Veterinary [1916] -
Year: 1916
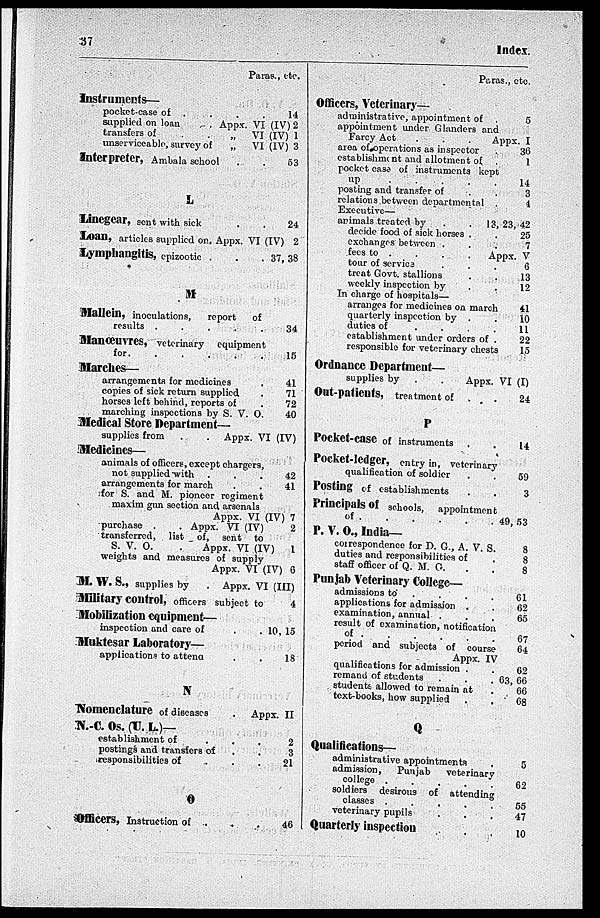
37
Index.
Paras., etc.
Instruments—
pocket-case of . . . .
supplied on loan
. Appx. VI (IV)
transfers of
.
.
„
VI (IV)
unserviceable, survey of
„
VI (IV)
Interpreter, Ambala school . .
L
Linegear, sent with sick . .
Loan, articles supplied on, Appx. VI (IV)
Lymphangitis, epizootic .
.
37
M
Mallein, inoculations,
report
of
results .
.
.
.
.
Manœuvres, veterinary equipment
for.
.
.
.
.
.
Marches—
arrangements for medicines .
copies of sick return supplied .
horses left behind, reports of .
marching inspections by S. V. O.
Medical Store Department—
14
2
1
3
53
24
2
38
34
15
41
71
72
40
supplies from
.
. Appx. VI ( IV)
Medicines—
animals of officers, except chargers,
not supplied with . . .
arrangements for march . .
for S. and M. pioneer regiment
maxim gun section and arsenals
Appx. VI (IV)
purchase .
. Appx. VI (IV)
transferred, list of, sent to
S. V.
O.
.
Appx. VI (IV)
weights and measures of supply
Appx. VI (IV)
42
41
7
2
1
6
M. W. S., supplies by
. Appx. VI (III)
Military control, officers subject to
Mobilization equipment—
inspection and care of
.
.
Muktesar Laboratory—
applications to attena . .
N
4
10, 15
18
Nomenclature of diseases
. Appx. II
N.-C. Os. (U. L.)—
establishment of
.
.
.
postings and transfers of . .
responsibilities of . . .
O
Officers, Instruction of . . .
2
3
21
46
Paras., etc.
Officers, Veterinary—
administrative, appointment of .
appointment under Glanders and
5
Farcy Act
.
.
. Appx. I
area of operations as inspector .
establishment and allotment of .
pocket case of instruments kept
up . . . . .
posting and transfer of . .
relations between departmental .
Executive—
36
1
14
3
4
animals treated by
.
. 13, 23, 42
decide food of sick horses . .
exchanges between . . .
25
7
fees to .
.
.
.
Appx. V
tour of service . . .
treat Govt. stallions . .
weekly inspection by . .
6
13
12
In charge of hospitals—
arranges for medicines on march
quarterly inspection by . .
duties of
.
.
.
.
establishment under orders of .
responsible for veterinary chests
Ordnance Department—
supplies by
.
.
Appx. VI
Out-patients, treatment of . . .
41
10
11
22
15
(I)
24
P
Pocket-Case of instruments . .
Pocket-ledger, entry in, veterinary
qualification of soldier . .
Posting of establishments . .
14
59
3
Principals of schools, appointment
of . . . . . . 49, 53
P. V. O., India—
correspondence for D. G., A. V. S.
duties and responsibilities of .
staff officer of Q. M. G. . .
Punjab Veterinary College—
admissions to . . . .
applications for admission . .
examination, annual . . .
result of examination, notification
of
.
.
.
.
.
period and subjects of course
8
8
8
61
62
65
67
64
Appx. IV
qualifications for admission . .
remand of students
.
.
.
students allowed to remain at .
text-books, how supplied . .
62
63, 66
66
68
Q
Qualifications—
administrative appointments .
admission,
Punjab
veterinary
college .
.
.
.
.
soldiers desirous of attending
classes .
.
.
.
.
veterinary pupils . . .
Quarterly inspection . .
5
62
55
47
10